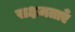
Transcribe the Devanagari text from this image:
सक्षमताएँ